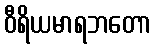
ဝီရိယမာရဘတော